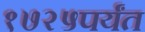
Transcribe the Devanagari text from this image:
१७२५पर्यंत